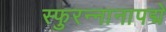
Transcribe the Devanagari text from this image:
स्फुरन्नानापद्मे